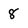
Character: 8